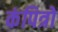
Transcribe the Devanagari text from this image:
कंपित्रों